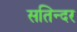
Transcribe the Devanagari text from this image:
सतिन्दर